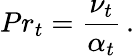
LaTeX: Pr_{t}=\frac{\nu_{t}}{\alpha_{t}}\, .